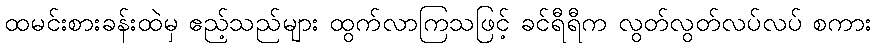
ထမင်းစားခန်းထဲမှ ဧည့်သည်များ ထွက်လာကြသဖြင့် ခင်ရီရီက လွတ်လွတ်လပ်လပ် စကား